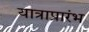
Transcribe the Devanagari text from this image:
यात्राप्रारंभ